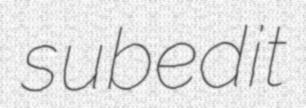
subedit